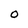
Character: O